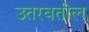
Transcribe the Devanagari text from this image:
उतरवतील